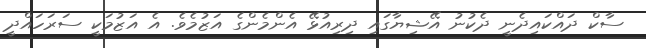
ސާކް ދައްކައިދެނީ ދެކުނު އޭޝިޔާގައި ދިރިއުޅޭ އެންމެންގެ އަޒުމެވެ. އެ އަޒުމަކީ ސަރަހައްދީ